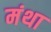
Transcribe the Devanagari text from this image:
मंथा